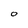
Character: 0